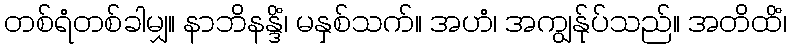
တစ်ရံတစ်ခါမျှ။ နာဘိနန္ဒိံ၊ မနှစ်သက်။ အဟံ၊ အကျွန်ုပ်သည်။ အတိထိံ၊